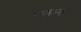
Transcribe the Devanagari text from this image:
असमान्तर